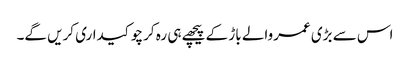
اس سے بڑی عمروالے باڑ کے پیچھے ہی رہ کر چوکیداری کریں گے۔